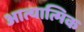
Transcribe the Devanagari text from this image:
आत्यात्मिक